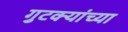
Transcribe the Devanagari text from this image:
गुटक्यांच्या